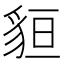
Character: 貆